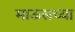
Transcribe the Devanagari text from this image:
माऊसच्या